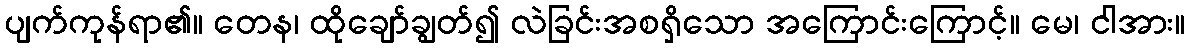
ပျက်ကုန်ရာ၏။ တေန၊ ထိုချော်ချွတ်၍ လဲခြင်းအစရှိသော အကြောင်းကြောင့်။ မေ၊ ငါအား။